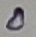
Text: 0